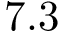
7 . 3